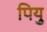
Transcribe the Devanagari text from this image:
पियु